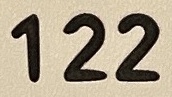
122